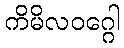
ကိမိလဝဂ္ဂေါ